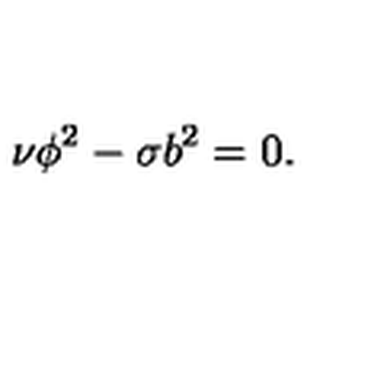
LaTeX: \nu \phi ^ { 2 } - \sigma b ^ { 2 } = 0 .